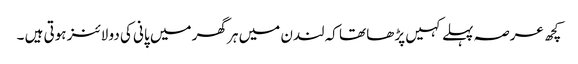
کچھ عرصہ پہلے کہیں پڑھا تھا کہ لندن میں ہر گھر میں پانی کی دو لائنز ہوتی ہیں ۔